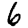
Digit: 6